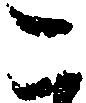
こ